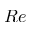
R e